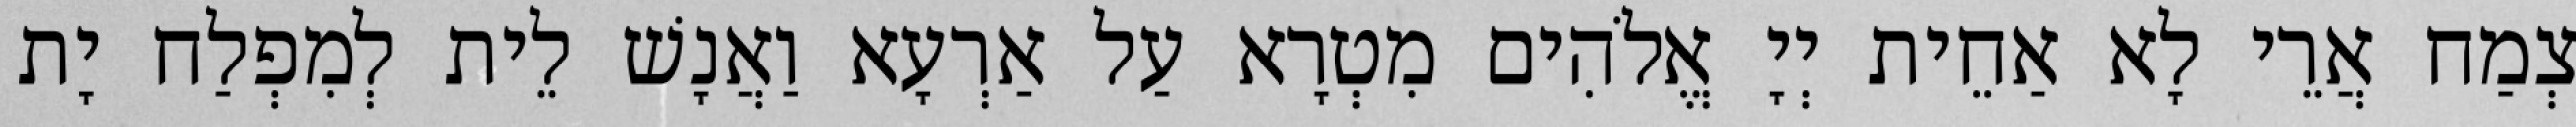
צְמַח אֲרֵי לָא אַחֵית יְיָ אֱלֹהִים מִטְרָא עַל אַרְעָא וַאֲנָשׁ לֵית לְמִפְלַח יָת